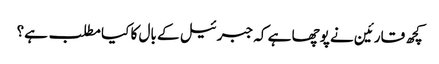
کچھ قارئین نے پوچھا ہے کہ جبرئیل کے بال کا کیا مطلب ہے؟